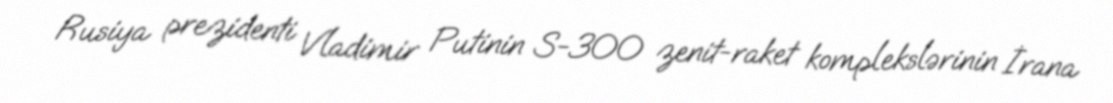
Rusiya prezidenti Vladimir Putinin S-300 zenit-raket komplekslərinin İrana